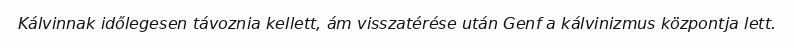
Kálvinnak időlegesen távoznia kellett, ám visszatérése után Genf a kálvinizmus központja lett.